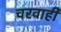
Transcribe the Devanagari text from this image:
चरवाही